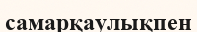
самарқаулықпен